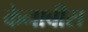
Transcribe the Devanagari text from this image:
केनाबीस